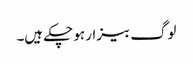
لوگ بیزار ہو چکے ہیں۔